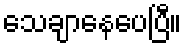
သေချာနေပေပြီ။